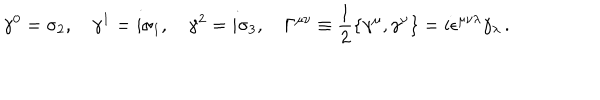
\gamma ^ { 0 } = \sigma _ { 2 } , \quad \gamma ^ { 1 } = i \sigma _ { 1 } , \quad \gamma ^ { 2 } = i \sigma _ { 3 } , \quad \Gamma ^ { \mu \nu } \equiv \frac { 1 } { 2 } \{ \gamma ^ { \mu } , \gamma ^ { \nu } \} = i \epsilon ^ { \mu \nu \lambda } \gamma _ { \lambda } \, .